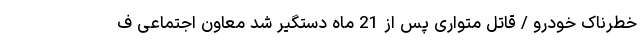
خطرناک خودرو / قاتل متواری پس از 21 ماه دستگیر شد معاون اجتماعی ف